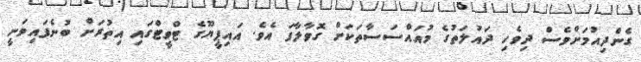
ގެންދިއުމަށްވެސް ދިވެހި ދައުލަތުގެ މުއައްސަސާތަކަށް ގޮވާލާފަ އެވެ. އައިޕީޔޫގެ ޓްވީޓްގައި އިތުރަށް ބުނެފައިވަނީ